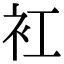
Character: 𧘍